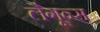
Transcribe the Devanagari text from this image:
लैगून्स